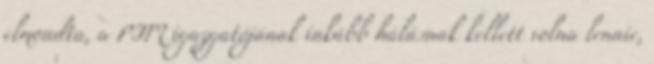
elmondta, a PIM igazgatójának inkább hálásnak kellett volna lennie,